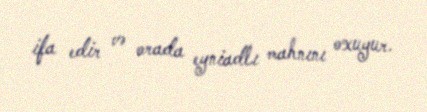
ifa edir və orada eyniadlı mahnını oxuyur.